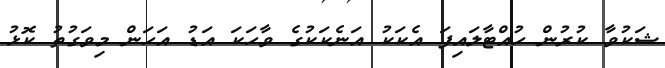
ޝަކުވާ ކުރުން ހުއްޓާލައިފަ އެކަކު އަނެކަކުގެ ވާހަކަ އަޑު އަހަން މިވަގުތު ކޮޅު